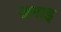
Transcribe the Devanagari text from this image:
जमाइ